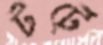
টর্টে